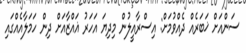
ސަންއަށް ޚަބަރެއް ދެއްވުމަށް: އިސްރާއީލުން މިދިޔަ އަހަރު ޣައްޒާއަށް ދިން ހަމަލާއެއްގައި